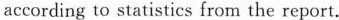
according te statistics from the report.